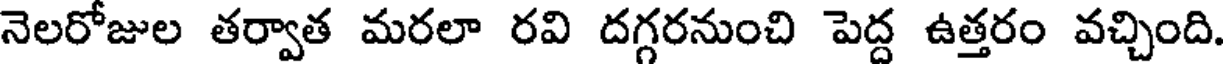
నెలరోజుల తర్వాత మరలా రవి దగ్గరనుంచి పెద్ద ఉత్తరం వచ్చింది.